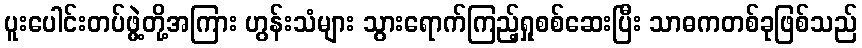
ပူးပေါင်းတပ်ဖွဲ့တို့အကြား ဟွန်းသံများ သွားရောက်ကြည့်ရှုစစ်ဆေးပြီး သာဓကတစ်ခုဖြစ်သည်